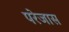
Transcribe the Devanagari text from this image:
परेजास